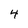
Character: 4